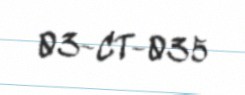
03-CT-035